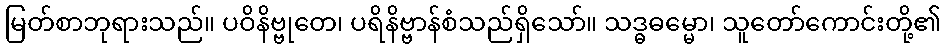
မြတ်စာဘုရားသည်။ ပဝိနိဗ္ဗုတေ၊ ပရိနိဗ္ဗာန်စံသည်ရှိသော်။ သဒ္ဓဓမ္မော၊ သူတော်ကောင်းတို့၏